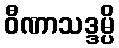
ဝီဏာသဒ္ဒမ္ပိ